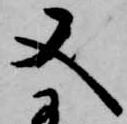
又